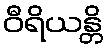
ဝီရိယန္တိ